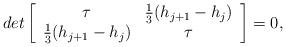
LaTeX: \begin{align*}det\left[\begin{array}{cc}\tau & \frac{1}{3}(h_{j+1}-h_j) \\\frac{1}{3}(h_{j+1}-h_j) & \tau\end{array}\right]=0,\end{align*}